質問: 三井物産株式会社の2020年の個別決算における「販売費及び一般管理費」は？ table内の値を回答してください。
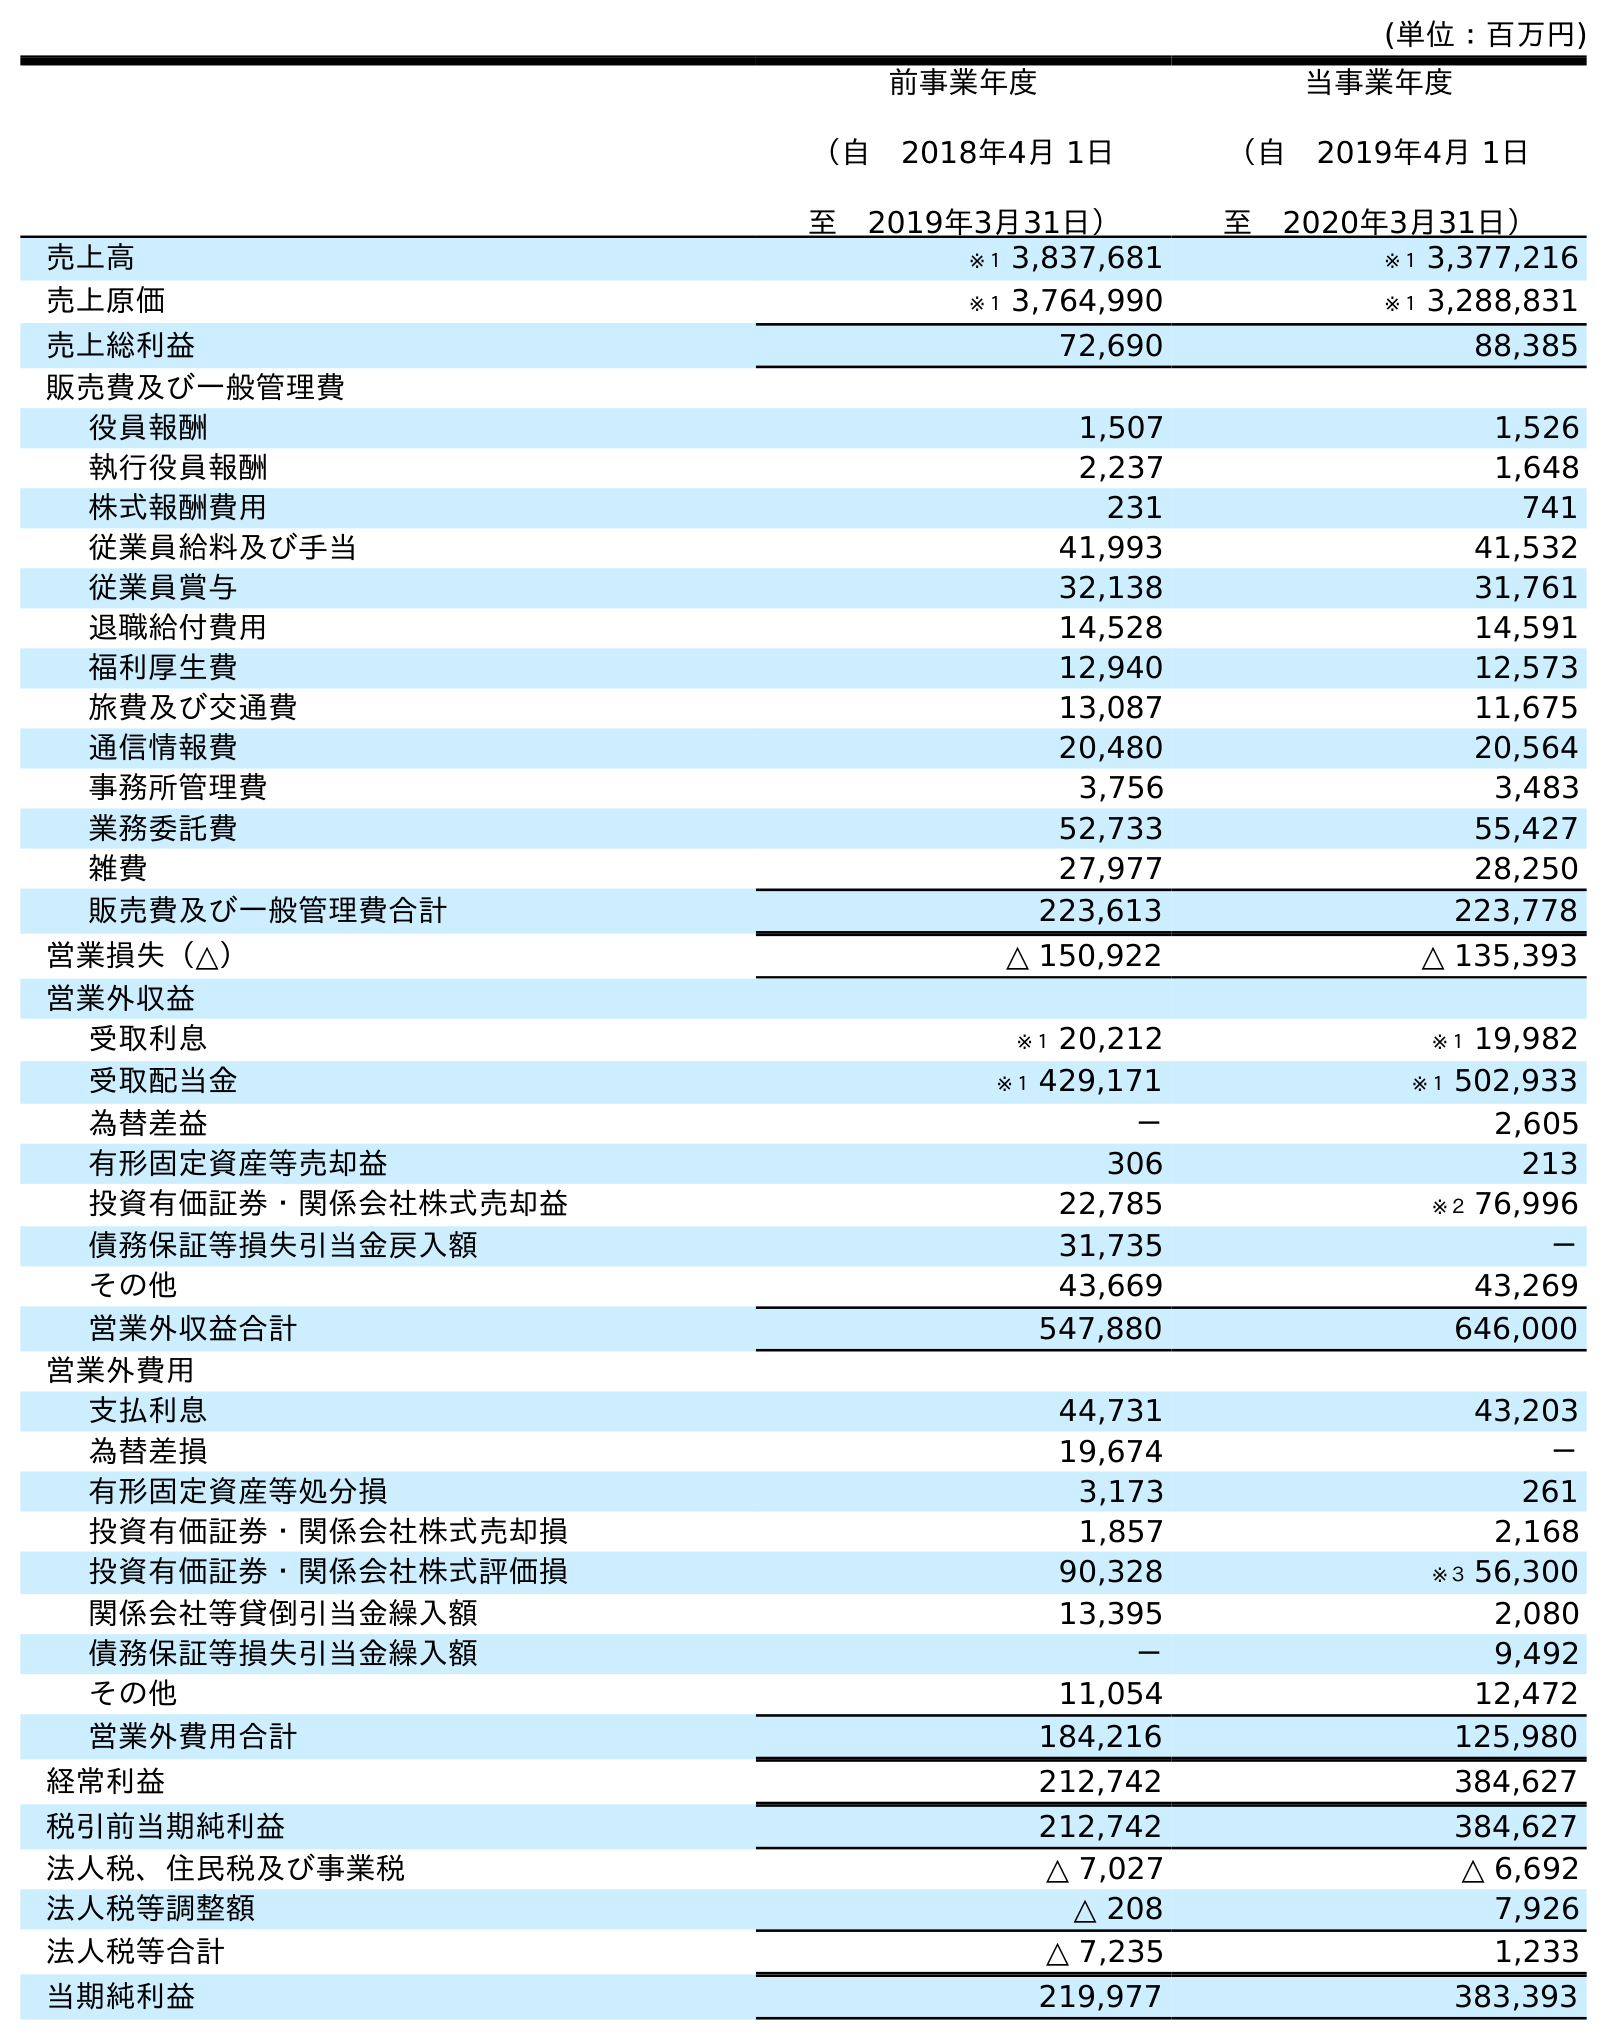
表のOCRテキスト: (単位：百万円) 前事業年度 （自 2018年4月 1日 至 2019年3月31日） 当事業年度 （自 2019年4月 1日 至 2020年3月31日） 売上高 ※１ 3,837,681 ※１ 3,377,216 売上原価 ※１ 3,764,990 ※１ 3,288,831 売上総利益 72,690 88,385 販売費及び一般管理費 役員報酬 1,507 1,526 執行役員報酬 2,237 1,648 株式報酬費用 231 741 従業員給料及び手当 41,993 41,532 従業員賞与 32,138 31,761 退職給付費用 14,528 14,591 福利厚生費 12,940 12,573 旅費及び交通費 13,087 11,675 通信情報費 20,480 20,564 事務所管理費 3,756 3,483 業務委託費 52,733 55,427 雑費 27,977 28,250 販売費及び一般管理費合計 223,613 223,778 営業損失（△） △ 150,922 △ 135,393 営業外収益 受取利息 ※１ 20,212 ※１ 19,982 受取配当金 ※１ 429,171 ※１ 502,933 為替差益 － 2,605 有形固定資産等売却益 306 213 投資有価証券・関係会社株式売却益 22,785 ※２ 76,996 債務保証等損失引当金戻入額 31,735 － その他 43,669 43,269 営業外収益合計 547,880 646,000 営業外費用 支払利息 44,731 43,203 為替差損 19,674 － 有形固定資産等処分損 3,173 261 投資有価証券・関係会社株式売却損 1,857 2,168 投資有価証券・関係会社株式評価損 90,328 ※３ 56,300 関係会社等貸倒引当金繰入額 13,395 2,080 債務保証等損失引当金繰入額 － 9,492 その他 11,054 12,472 営業外費用合計 184,216 125,980 経常利益 212,742 384,627 税引前当期純利益 212,742 384,627 法人税、住民税及び事業税 △ 7,027 △ 6,692 法人税等調整額 △ 208 7,926 法人税等合計 △ 7,235 1,233 当期純利益 219,977 383,393
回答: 223,778